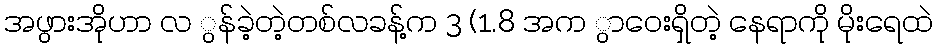
အဖွားအိုဟာ လ ွန်ခဲ့တဲ့တစ်လခန့်က 3 (1.8 အက ွာဝေးရှိတဲ့ နေရာကို မိုးရေထဲ